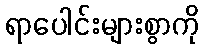
ရာပေါင်းများစွာကို